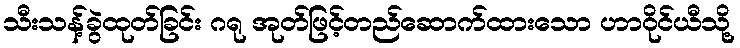
သီးသန့်ခွဲထုတ်ခြင်း ဂရု အုတ်ဖြင့်တည်ဆောက်ထားသော ဟာဝိုင်ယီသို့